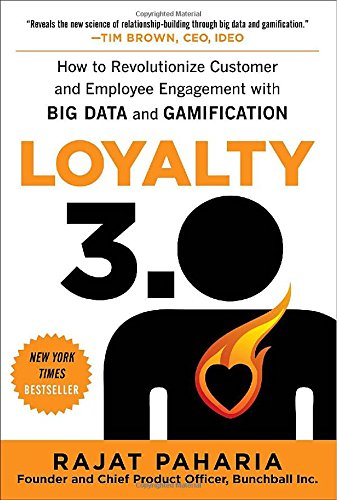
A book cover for Loyalty 3.0: How to Revolutionize Customer and Employee Engagement with Big Data and Gamification; Rajat Paharia; Business & Money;